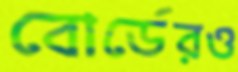
বোর্ডেরও